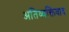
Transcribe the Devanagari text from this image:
अतिव्यक्तिवाद